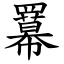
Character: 羃